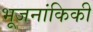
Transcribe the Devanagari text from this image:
भूजनांकिकी